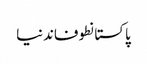
پاکستانطوفاندنیا